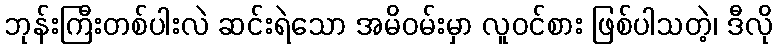
ဘုန်းကြီးတစ်ပါးလဲ ဆင်းရဲသော အမိဝမ်းမှာ လူဝင်စား ဖြစ်ပါသတဲ့၊ ဒီလို